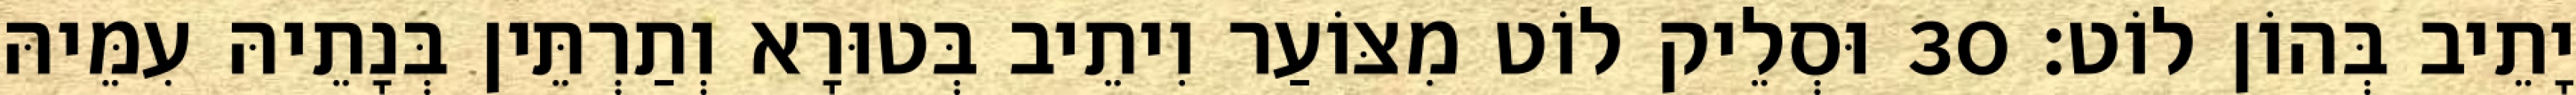
יָתֵיב בְּהוֹן לוֹט׃ 30 וּסְלֵיק לוֹט מִצּוֹעַר וִיתֵיב בְּטוּרָא וְתַרְתֵּין בְּנָתֵיהּ עִמֵּיהּ